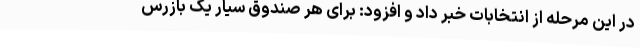
در این مرحله از انتخابات خبر داد و افزود: برای هر صندوق سیار یک بازرس